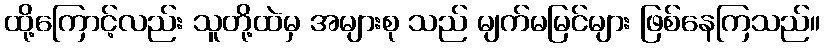
ထို့ကြောင့်လည်း သူတို့ထဲမှ အများစု သည် မျက်မမြင်များ ဖြစ်နေကြသည်။